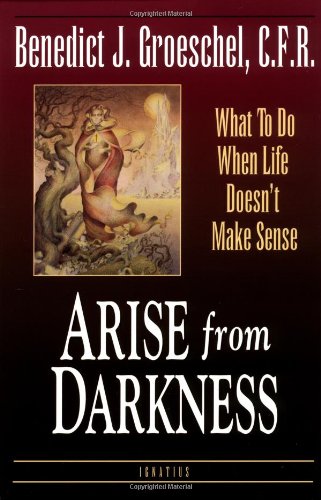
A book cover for Arise from Darkness: What to Do When Life Doesn't Make Sense; Fr. Benedict J. Groeschel; Christian Books & Bibles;